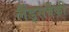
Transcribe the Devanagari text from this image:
लैंड्सबैंकी